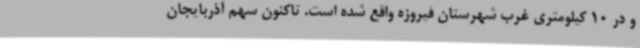
و در 10 کیلومتری غرب شهرستان فیروزه واقع شده است. تاکنون سهم آذربایجان